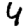
Digit: 4